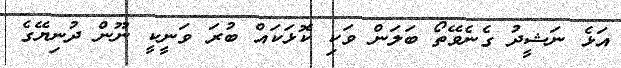
އަޅެ ނަޝީދު ގެނެވޭތޯ ބަލަން ވަކި ކޮޅަކައް ބުރަ ވަނީކީ ނޫން ދުނިޔޭގެ